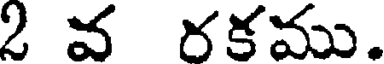
2 వ రకము.